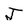
Character: J